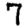
Digit: 7